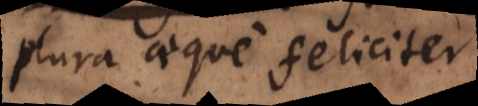
plura aeque feliciter.